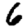
Digit: 6